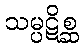
သမ္ပဋိစ္ဆ